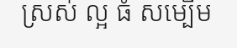
ស្រស់ ល្អ ធំ សម្បើម